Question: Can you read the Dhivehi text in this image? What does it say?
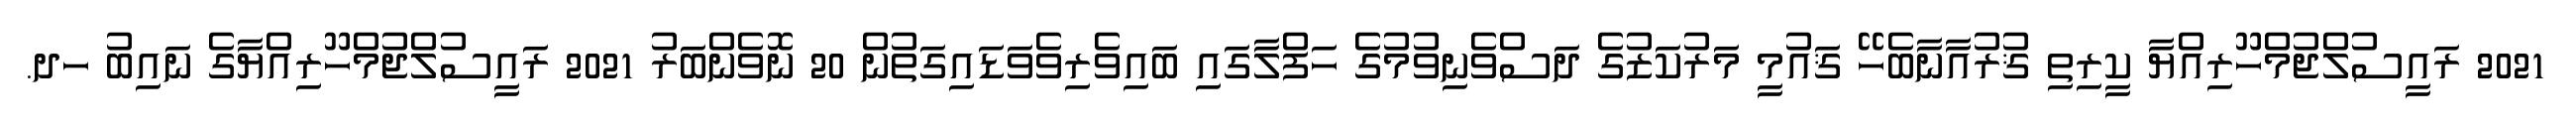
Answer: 2021 ރައީސުލްޖުމްހޫރިއްޔާ ކީރިތި ޤުރުއާނާބެހޭ ޤައުމީ މަރުކަޒުގެ ދަސްވެނިވުމުގެ ހަފްލާގައި ބައިވެރިވެވަޑައިގަތުން 20 ނޮވެންބަރު 2021 ރައީސުލްޖުމްހޫރިއްޔާގެ ނައިބު ހދ.